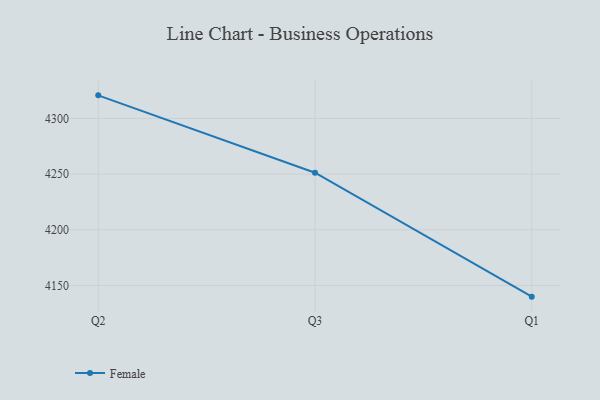
{"axis": {"x": "Quarter", "y": "LTV (USD)"}, "legend": ["Female"], "data": [{"x": "Q2", "y": 4320.8, "type": "Female"}, {"x": "Q3", "y": 4251.3, "type": "Female"}, {"x": "Q1", "y": 4139.9, "type": "Female"}]}